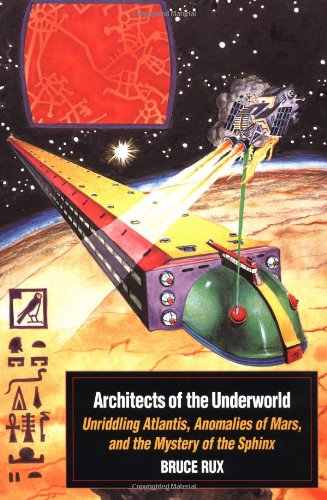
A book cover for Architects of the Underworld: Unriddling Atlantis, Anomalies of Mars, and the Mystery of the Sphinx; Bruce Rux; Science & Math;